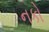
નકો